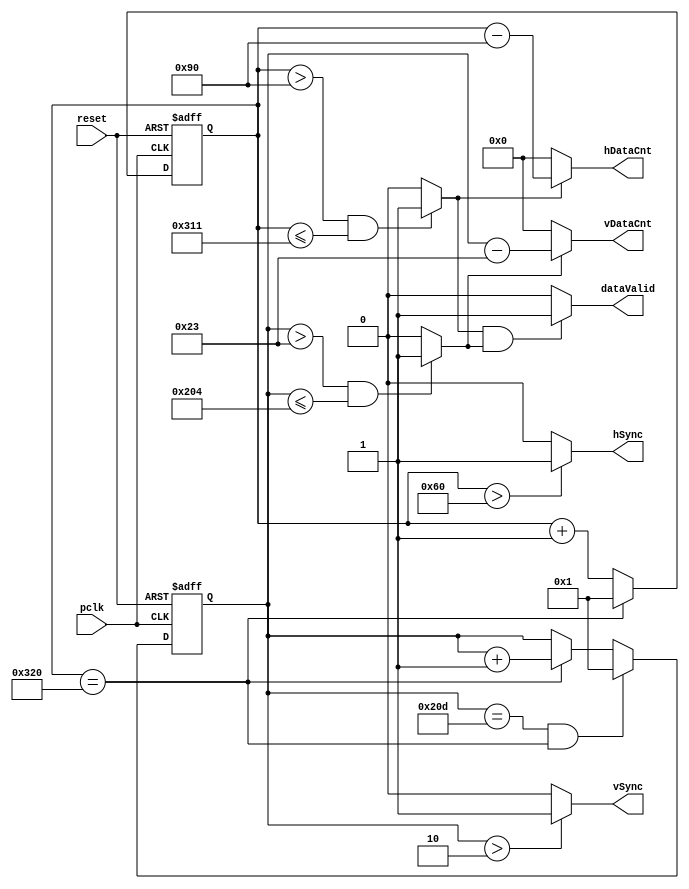
`timescale 1ns / 1ps
//////////////////////////////////////////////////////////////////////////////////
// Company: 
// Engineer: 
// 
// Design Name: 
// Module Name: SyncGeneration
// Project Name: 
// Target Devices: 
// Tool Versions: 
// Description: 
// 
// Dependencies: 
// 
// Revision:
// Revision 0.01 - File Created
// Additional Comments:
// 
//////////////////////////////////////////////////////////////////////////////////
module SyncGeneration(pclk, reset, hSync, vSync, dataValid, hDataCnt, vDataCnt);
  
   input        pclk;
   input        reset;
   output       hSync;
   output       vSync;
   output       dataValid;
   output [9:0] hDataCnt;
   output [9:0] vDataCnt ;
 

   parameter    H_SP_END = 96;
   parameter    H_BP_END = 144;
   parameter    H_FP_START = 785;
   parameter    H_TOTAL = 800;
   
   parameter    V_SP_END = 2;
   parameter    V_BP_END = 35;
   parameter    V_FP_START = 516;
   parameter    V_TOTAL = 525;

   reg [9:0]    x_cnt,y_cnt;
   wire         h_valid,v_valid;
     
   always @(posedge reset or posedge pclk) begin
      if (reset)
         x_cnt <= 10'd1;
      else begin
         if (x_cnt == H_TOTAL)
            x_cnt <= 10'd1;
         else
            x_cnt <= x_cnt + 1;
      end
   end
   
   always @(posedge pclk or posedge reset) begin
      if (reset)
         y_cnt <= 10'd1;
      else begin
         if (y_cnt == V_TOTAL & x_cnt == H_TOTAL)
            y_cnt <= 1;
         else if (x_cnt == H_TOTAL)
            y_cnt <= y_cnt + 1;
         else y_cnt<=y_cnt;
      end
   end
   
   assign hSync = ((x_cnt > H_SP_END)) ? 1'b1 : 1'b0;
   assign vSync = ((y_cnt > V_SP_END)) ? 1'b1 : 1'b0;
   
   // Check P7 for horizontal timing   
   assign h_valid = ((x_cnt > H_BP_END) & (x_cnt <= H_FP_START)) ? 1'b1 : 1'b0;
   // Check P9 for vertical timing
   assign v_valid = ((y_cnt > V_BP_END) & (y_cnt <= V_FP_START)) ? 1'b1 : 1'b0;
   
   assign dataValid = ((h_valid == 1'b1) & (v_valid == 1'b1)) ? 1'b1 :  1'b0;
   
   // hDataCnt from 1 if h_valid==1
   assign hDataCnt = ((h_valid == 1'b1)) ? x_cnt - H_BP_END : 10'b0;
   // vDataCnt from 1 if v_valid==1
   assign vDataCnt = ((v_valid == 1'b1)) ? y_cnt - V_BP_END : 10'b0; 
            
   
endmodule